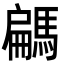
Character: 騗